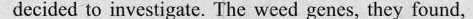
decided to investigate. The weed genes, they found,